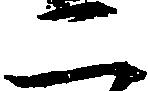
二